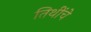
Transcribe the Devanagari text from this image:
तिथींचे